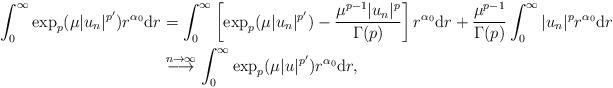
LaTeX: \begin{align*}\int_0^\infty\exp_p(\mu|u_n|^{p'})r^{\alpha_0}\mathrm dr&=\int_0^\infty\left[\exp_p(\mu|u_n|^{p'})-\dfrac{\mu^{p-1}|u_n|^p}{\Gamma(p)}\right]r^{\alpha_0}\mathrm dr+\dfrac{\mu^{p-1}}{\Gamma(p)}\int_0^\infty|u_n|^pr^{\alpha_0}\mathrm dr\\&\overset{n\to\infty}\longrightarrow\int_0^\infty\exp_p(\mu|u|^{p'})r^{\alpha_0}\mathrm dr,\end{align*}